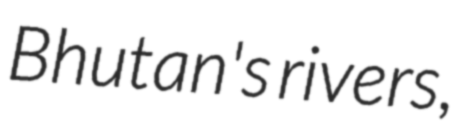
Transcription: Bhutan's rivers,